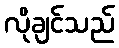
လိုချင်သည်